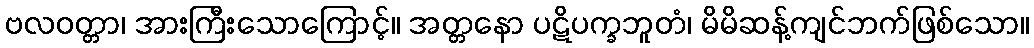
ဗလဝတ္တာ၊ အားကြီးသောကြောင့်။ အတ္တနော ပဋိပက္ခဘူတံ၊ မိမိဆန့်ကျင်ဘက်ဖြစ်သော။